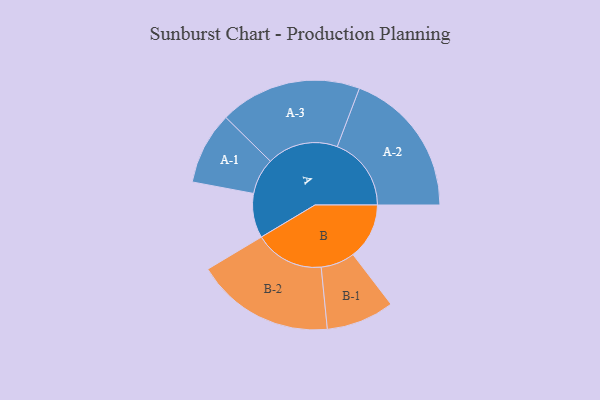
{"axis": {"x": "Segment", "y": "Value"}, "legend": ["", "A", "B"], "data": [{"x": "A", "y": 162, "type": ""}, {"x": "B", "y": 205, "type": ""}, {"x": "A-1", "y": 132, "type": "A"}, {"x": "A-2", "y": 270, "type": "A"}, {"x": "A-3", "y": 259, "type": "A"}, {"x": "B-1", "y": 124, "type": "B"}, {"x": "B-2", "y": 253, "type": "B"}]}